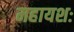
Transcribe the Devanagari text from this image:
महायशः